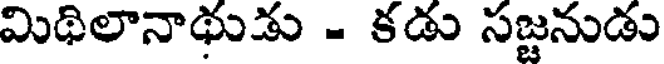
మిథిలానాథుడు - కడు సజ్జనుడు